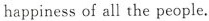
happiness of all the people.